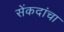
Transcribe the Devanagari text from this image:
सेंकदांचा